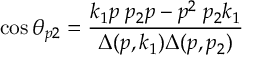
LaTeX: \cos \theta _ { p 2 } = { \frac { k _ { 1 } p \; p _ { 2 } p - p ^ { 2 } \; p _ { 2 } k _ { 1 } } { \Delta ( p , k _ { 1 } ) \Delta ( p , p _ { 2 } ) } }